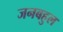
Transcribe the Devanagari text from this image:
जनबहुल